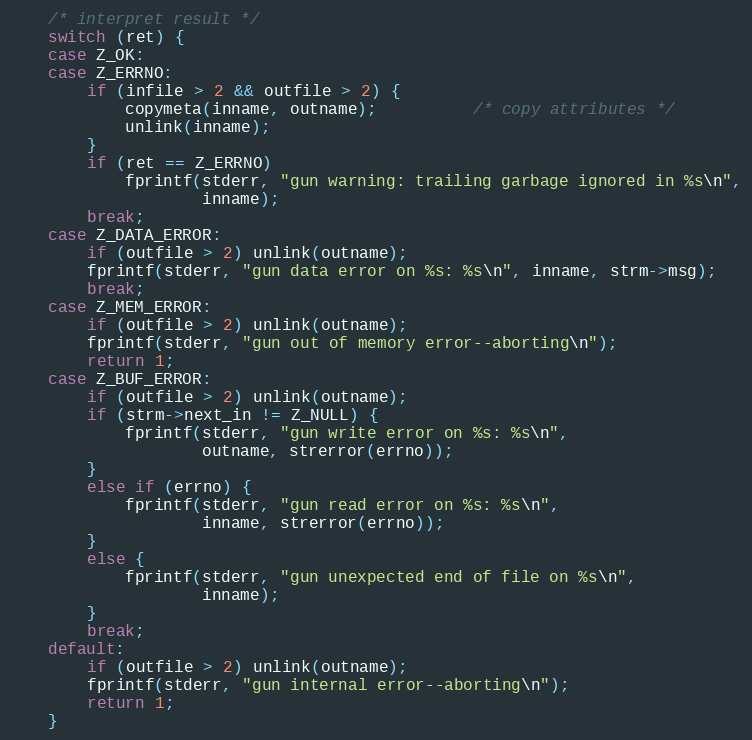
Language: C
    /* interpret result */
    switch (ret) {
    case Z_OK:
    case Z_ERRNO:
        if (infile > 2 && outfile > 2) {
            copymeta(inname, outname);          /* copy attributes */
            unlink(inname);
        }
        if (ret == Z_ERRNO)
            fprintf(stderr, "gun warning: trailing garbage ignored in %s\n",
                    inname);
        break;
    case Z_DATA_ERROR:
        if (outfile > 2) unlink(outname);
        fprintf(stderr, "gun data error on %s: %s\n", inname, strm->msg);
        break;
    case Z_MEM_ERROR:
        if (outfile > 2) unlink(outname);
        fprintf(stderr, "gun out of memory error--aborting\n");
        return 1;
    case Z_BUF_ERROR:
        if (outfile > 2) unlink(outname);
        if (strm->next_in != Z_NULL) {
            fprintf(stderr, "gun write error on %s: %s\n",
                    outname, strerror(errno));
        }
        else if (errno) {
            fprintf(stderr, "gun read error on %s: %s\n",
                    inname, strerror(errno));
        }
        else {
            fprintf(stderr, "gun unexpected end of file on %s\n",
                    inname);
        }
        break;
    default:
        if (outfile > 2) unlink(outname);
        fprintf(stderr, "gun internal error--aborting\n");
        return 1;
    }